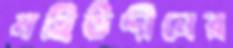
মহিউদ্দীনের